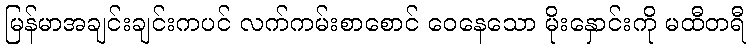
မြန်မာအချင်းချင်းကပင် လက်ကမ်းစာစောင် ဝေနေသော မိုးနှောင်းကို မထီတရီ